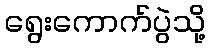
ရွေးကောက်ပွဲသို့